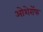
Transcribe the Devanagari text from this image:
ओशेरॉफ